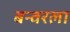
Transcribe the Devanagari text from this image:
बन्वरला